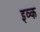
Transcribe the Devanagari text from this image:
इव्क